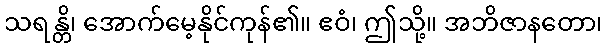
သရန္တိ၊ အောက်မေ့နိုင်ကုန်၏။ ဧဝံ၊ ဤသို့။ အဘိဇာနတော၊